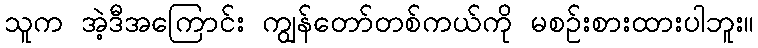
သူက အဲ့ဒီအကြောင်း ကျွန်တော်တစ်ကယ်ကို မစဉ်းစားထားပါဘူး။